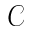
\mathcal { C }